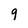
Character: 9